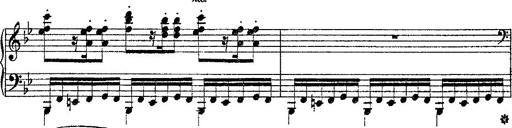
Title: Fantaisie romantique sur deux mÃ©lodies suisses
Composer: Franz Liszt